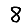
Digit: 8